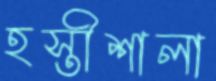
হস্তীশালা